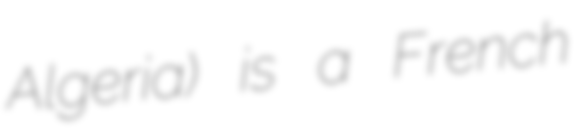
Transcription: Algeria) is a French